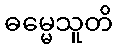
ဓမ္မေသူတိ